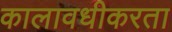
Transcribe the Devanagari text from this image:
कालावधीकरता